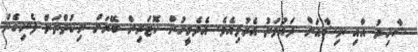
ޝާހިދު އާއި ނިޝާއަށް ދައުވަތު އެރުވިއެވެ. އެދެމީހުން ކޮޓަރިން ބޭރަށް ނިކުތްތަން ފެނިގެން